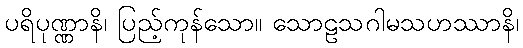
ပရိပုဏ္ဏာနိ၊ ပြည့်ကုန်သော။ သောဠသဂါမသဟဿာနိ၊